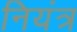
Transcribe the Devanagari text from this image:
नियंत्र